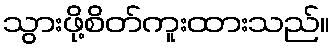
သွားဖို့စိတ်ကူးထားသည်။